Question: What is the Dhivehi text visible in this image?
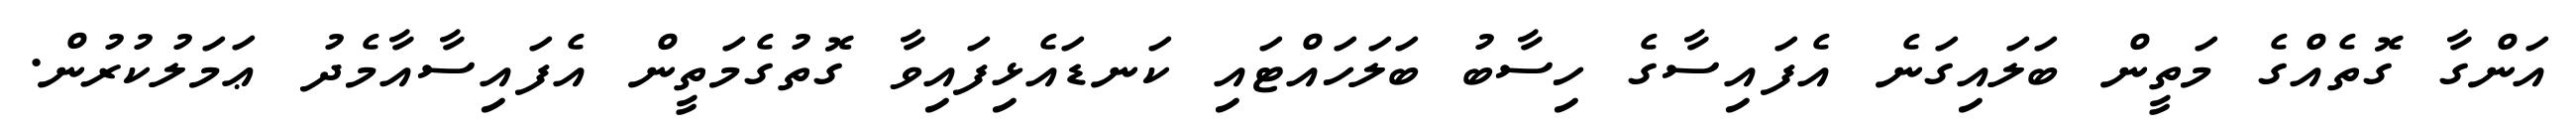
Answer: އަންގާ ގޮތެއްގެ މަތީން ބަލައިގަނެ އެފައިސާގެ ހިސާބު ބަލަހައްޓައި ކަނޑައެޅިފައިވާ ގޮތުގެމަތީން އެފައިސާއާމެދު ޢަމަލުކުރުން.